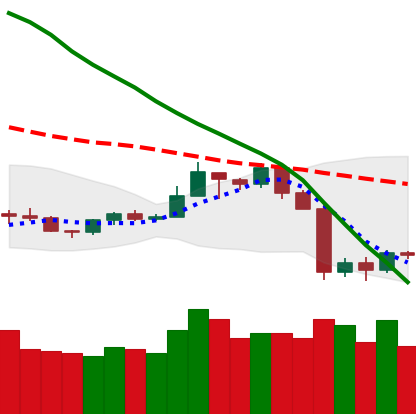
Ticker: TRX-USD
Chart end date: 2019-09-28
Forward return: 4.896%
Label: up_3_5